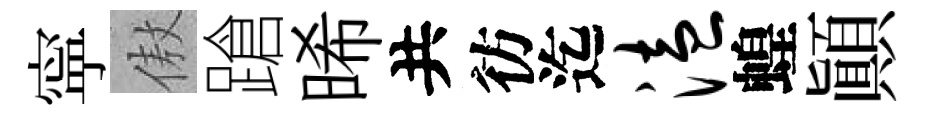
寜傲蹌晞共彷迄溘蝗顚